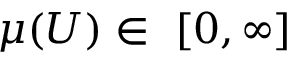
\mu ( U ) \in \ [ 0 , \infty ]